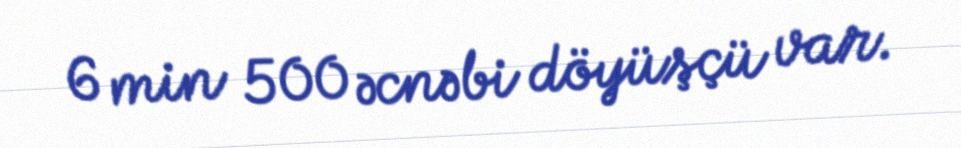
6 min 500 əcnəbi döyüşçü var.